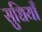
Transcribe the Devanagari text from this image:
सुधियाँ